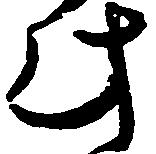
此